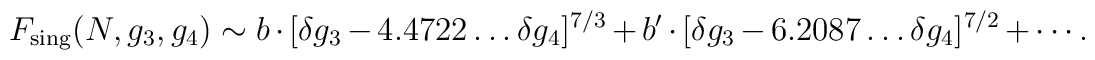
F_{\rm sing}(N,g_3,g_4)  \sim b\cdot [\delta g_3 -4.4722\ldots \delta g_4 ]^{7/3}     + b'\cdot [\delta g_3 -6.2087\ldots \delta g_4 ]^{7/2}  + \cdots.